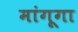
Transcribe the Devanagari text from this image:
मांगूगा